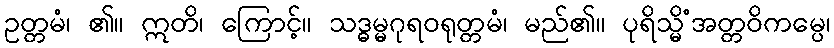
ဥတ္တမံ၊ ၏။ ဣတိ၊ ကြောင့်။ သဒ္ဓမ္မဂုရဝရုတ္တမံ၊ မည်၏။ ပုရိသ္မိံအတ္တဝိကမ္ပေ၊